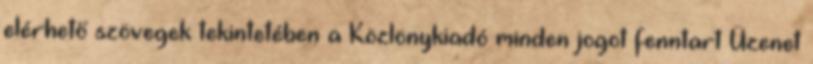
elérhető szövegek tekintetében a Közlönykiadó minden jogot fenntart Üzenet